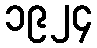
၁၉၂၄